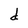
Character: d